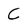
Character: C